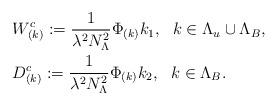
LaTeX: \begin{align*}& W_{(k)}^c := \frac{1}{\lambda^2N_{ \Lambda }^2}\Phi_{(k)} k_1, \ \ k\in \Lambda_u\cup \Lambda_B, \\& D_{(k)}^c := \frac{1}{\lambda^2N_{ \Lambda }^2}\Phi_{(k)} k_2,\ \ k\in \Lambda_B.\end{align*}